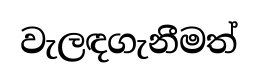
වැලඳගැනීමත්